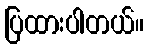
ပြထားပါတယ်။